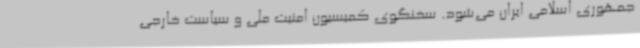
جمهوری اسلامی ایران می‌شود. سخنگوی کمیسیون امنیت ملی و سیاست خارجی